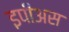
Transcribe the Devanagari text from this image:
इपीअस